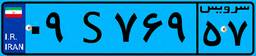
۱۲S۳۲۵۳۹